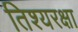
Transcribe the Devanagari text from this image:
तिश्यरक्षा